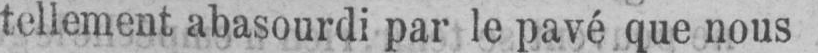
tellement abasourdi par le pavé que nous